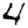
Digit: 4